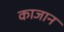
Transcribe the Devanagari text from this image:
काजान